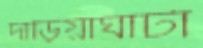
দাড়িয়াঘাটা